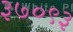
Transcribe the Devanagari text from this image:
३७०९३